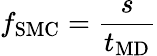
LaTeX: f_{\mathrm{SMC}}=\frac{s}{t_{\mathrm{MD}}}